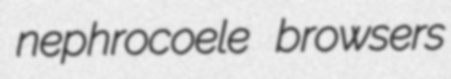
nephrocoele browsers